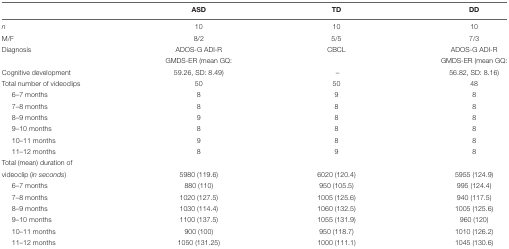
<table><thead><tr><td></td><td><b>ASD</b></td><td><b>TD</b></td><td><b>DD</b></td></tr></thead><tbody><tr><td><i>n</i></td><td>10</td><td>10</td><td>10</td></tr><tr><td>M/F</td><td>8/2</td><td>5/5</td><td>7/3</td></tr><tr><td>Diagnosis</td><td>ADOS-G ADI-R</td><td>CBCL</td><td>ADOS-G ADI-R</td></tr><tr><td></td><td>GMDS-ER (mean GQ:</td><td></td><td>GMDS-ER (mean GQ:</td></tr><tr><td>Cognitive development</td><td>59.26, SD: 8.49)</td><td>–</td><td>56.82, SD: 8.16)</td></tr><tr><td>Total number of videoclips</td><td>50</td><td>50</td><td>48</td></tr><tr><td>6–7 months</td><td>8</td><td>9</td><td>8</td></tr><tr><td>7–8 months</td><td>8</td><td>8</td><td>8</td></tr><tr><td>8–9 months</td><td>9</td><td>8</td><td>8</td></tr><tr><td>9–10 months</td><td>8</td><td>8</td><td>8</td></tr><tr><td>10–11 months</td><td>9</td><td>8</td><td>8</td></tr><tr><td>11–12 months</td><td>8</td><td>9</td><td>8</td></tr><tr><td>Total (mean) duration of</td><td></td><td></td><td></td></tr><tr><td>videoclip (<i>in seconds</i>)</td><td>5980 (119.6)</td><td>6020 (120.4)</td><td>5955 (124.9)</td></tr><tr><td>6–7 months</td><td>880 (110)</td><td>950 (105.5)</td><td>995 (124.4)</td></tr><tr><td>7–8 months</td><td>1020 (127.5)</td><td>1005 (125.6)</td><td>940 (117.5)</td></tr><tr><td>8–9 months</td><td>1030 (114.4)</td><td>1060 (132.5)</td><td>1005 (125.6)</td></tr><tr><td>9–10 months</td><td>1100 (137.5)</td><td>1055 (131.9)</td><td>960 (120)</td></tr><tr><td>10–11 months</td><td>900 (100)</td><td>950 (118.7)</td><td>1010 (126.2)</td></tr><tr><td>11–12 months</td><td>1050 (131.25)</td><td>1000 (111.1)</td><td>1045 (130.6)</td></tr></tbody></table>